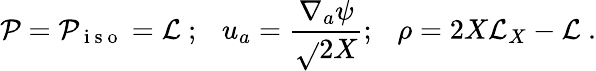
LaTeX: \mathcal{P}=\mathcal{P}_{\mathrm{{~i~s~o~}}}=\mathcal{{L}}~;\, \, \, \ u_{a}=\frac{{\nabla_{a}\psi}}{{\sqrt{}{{2X}}}};\, \, \, \ \rho=2X\mathcal{{L}}_{X}-\mathcal{{L}}~.